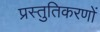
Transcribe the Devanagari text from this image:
प्रस्तुतिकरणों